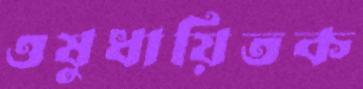
ওষুধায়িতক